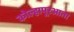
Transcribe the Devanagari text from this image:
कोल्हापूरआता